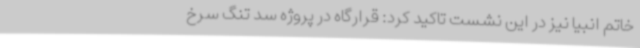
خاتم انبیا نیز در این نشست تاکید کرد: قرارگاه در پروژه سد تنگ سرخ